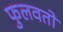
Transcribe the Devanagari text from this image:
फुलवतो